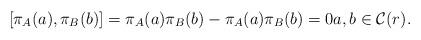
LaTeX: \begin{align*}[\pi_A(a), \pi_B(b)] = \pi_A(a)\pi_B(b) - \pi_A(a)\pi_B(b) = 0 a,b \in \mathcal C(r).\end{align*}